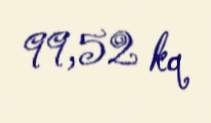
99,52 kq